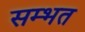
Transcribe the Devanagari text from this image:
सम्भत